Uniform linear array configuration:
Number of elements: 4
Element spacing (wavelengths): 1
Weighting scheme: hamming
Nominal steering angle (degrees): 0
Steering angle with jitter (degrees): -0.4203
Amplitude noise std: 0.05
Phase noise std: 0.05

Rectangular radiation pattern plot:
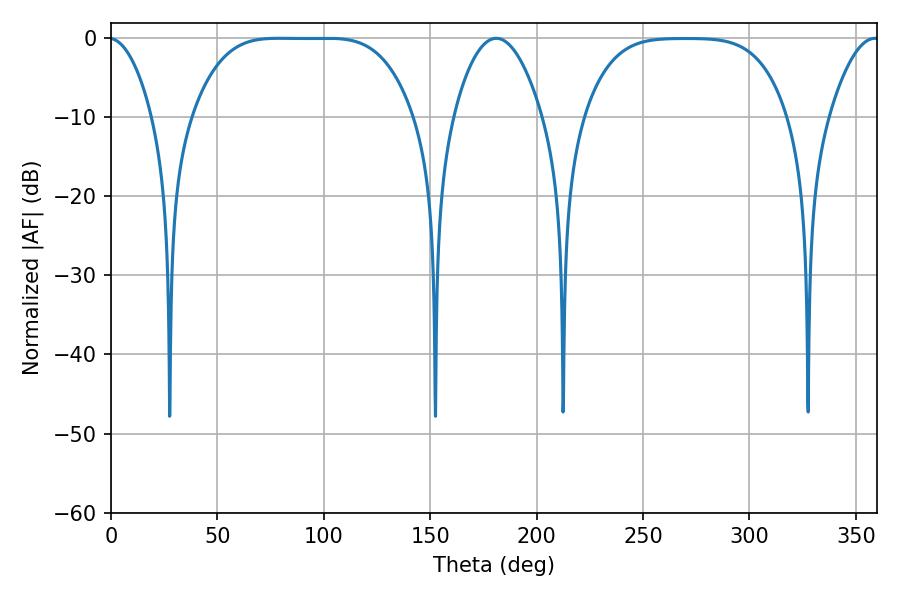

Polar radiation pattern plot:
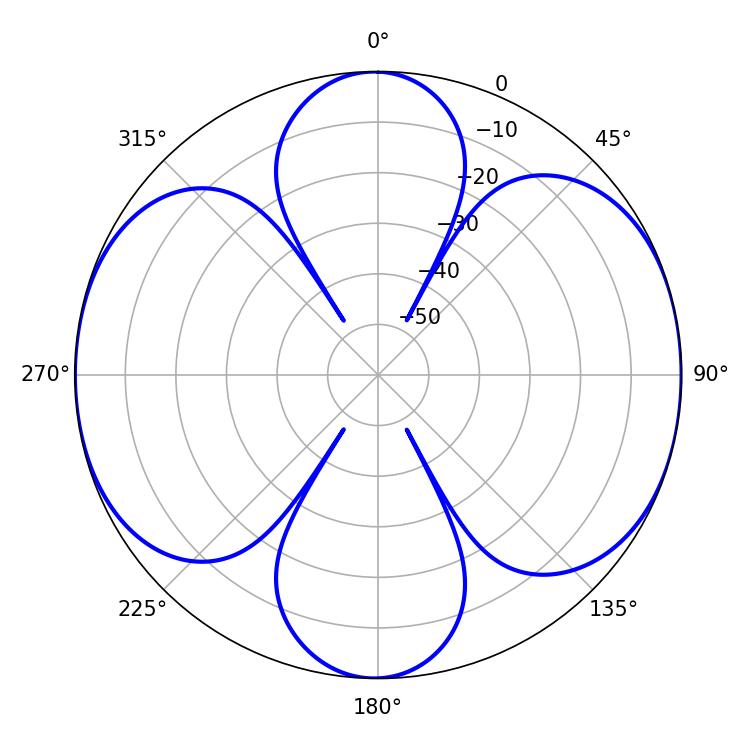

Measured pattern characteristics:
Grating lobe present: TRUE
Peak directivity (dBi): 12.679
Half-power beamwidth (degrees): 77.76
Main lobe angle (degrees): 79.02